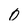
Character: 0